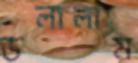
ডলালাম